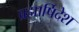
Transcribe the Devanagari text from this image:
ब्रह्मार्षिदेश